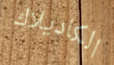
الكاديلاك